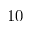
1 0